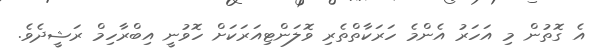
އެ ގޮތުން މި އަހަރު އެންމެ ހަރަކާތްތެރި ވޮލަންޓިއަރަކަށް ހޮވުނީ އިބްރާހިމް ރަޝީދެވެ.